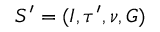
S ^ { \prime } = ( I , \tau ^ { \prime } , \nu , G )